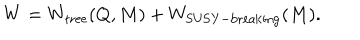
W = W _ { \mathrm { t r e e } } ( Q , M ) + W _ { \mathrm { S U S Y - b r e a k i n g } } ( M ) .